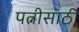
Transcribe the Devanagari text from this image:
पत्नीसाठी